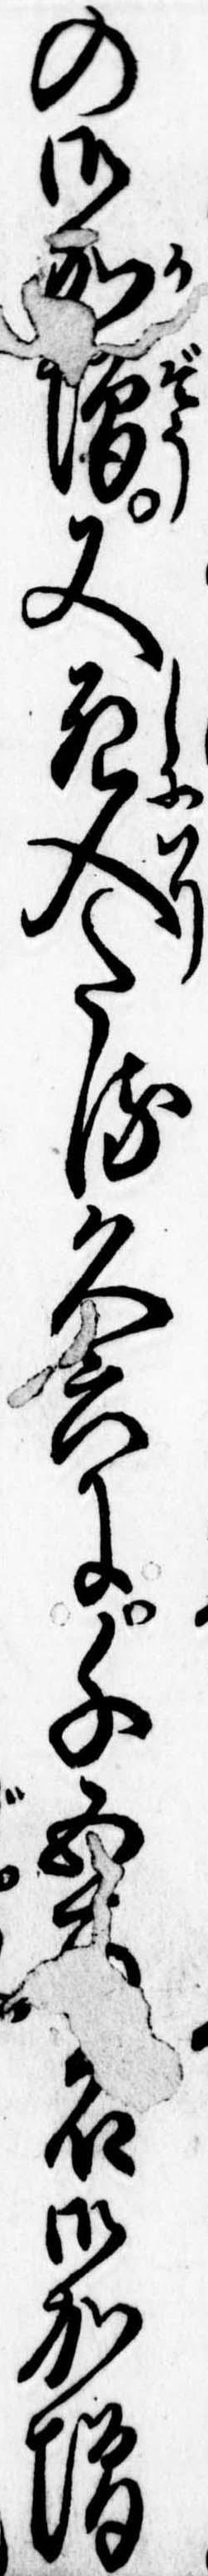
の御加増又死入たる久六に千五石御加増